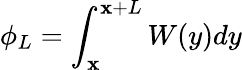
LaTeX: \phi_{L}=\int_{\mathbf{x}}^{\mathbf{x}+L}W(y)dy